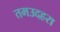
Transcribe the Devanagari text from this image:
तमउदहरा